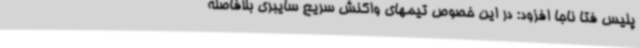
پلیس فتا ناجا افزود: در این خصوص تیمهای واکنش سریع سایبری بلافاصله